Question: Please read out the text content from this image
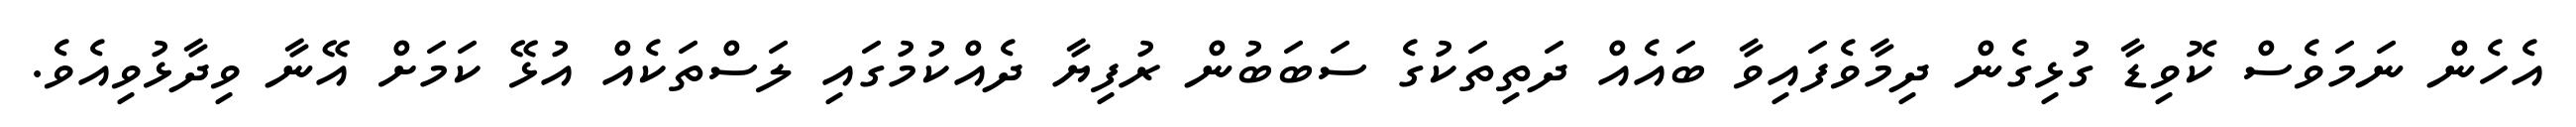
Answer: އެހެން ނަމަވެސް ކޮވިޑާ ގުޅިގެން ދިމާވެފައިވާ ބައެއް ދަތިތަކުގެ ސަބަބުން ރުފިޔާ ދެއްކުމުގައި ލަސްތަކެއް އުޅޭ ކަމަށް އޭނާ ވިދާޅުވިއެވެ.